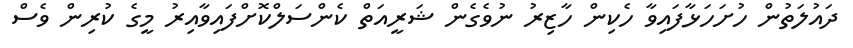
ދައުލަތުން ހުށަހަޅާފައިވާ ހެކިން ހާޒިރު ނުވެގެން ޝަރީއަތް ކެންސަލްކޮށްފައިވާއިރު މީގެ ކުރިން ވެސް